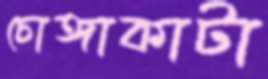
চোঙ্গাকাটা